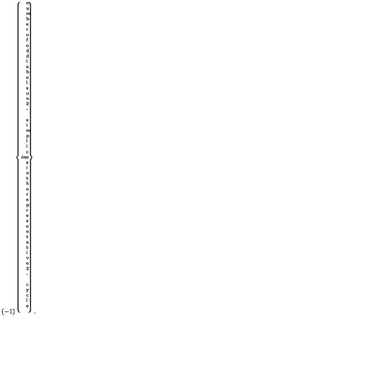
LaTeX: ( - 1 ) ^ { \left\{ \parbox [ b ] { 2 i n } { \scriptsize \mathrm { n u m b e r o f o d d l a b e l s o n 2 - s i m p l i c e s i n t h e r e p r e s e n t a t i v e 2 - c y c l e } } \right\} } .